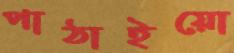
পাঠাইয়ো